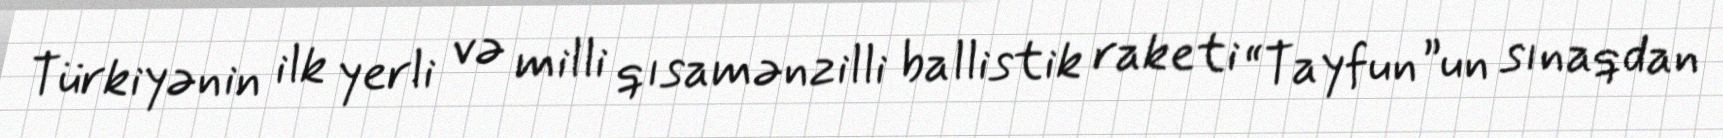
Türkiyənin ilk yerli və milli qısamənzilli ballistik raketi “Tayfun”un sınaqdan